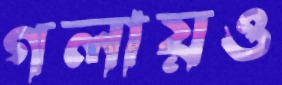
গলায়ও